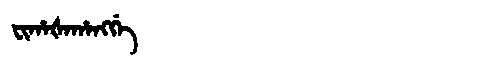
Manchu: ᠸᡳᡥᠠᡧᠠᡥᠠᠩᡤᡝ
Romanization: FIHAŠAHANGGE